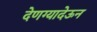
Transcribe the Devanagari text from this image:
देणग्यादेऊन